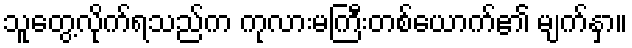
သူတွေ့လိုက်ရသည်က ကုလားမကြီးတစ်ယောက်၏ မျက်နှာ။